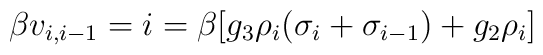
\beta v_{i,i-1} = i = \beta [g_3 \rho _i (\sigma _i+\sigma _{i-1})+g_2\rho _i ]